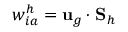
w _ { i a } ^ { h } = { \bf u } _ { g } \cdot { \bf S } _ { h }